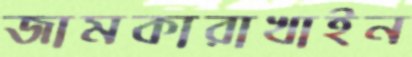
জামকারাখাইন